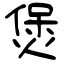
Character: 煲